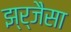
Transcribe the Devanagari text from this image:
झ्र्जैसा